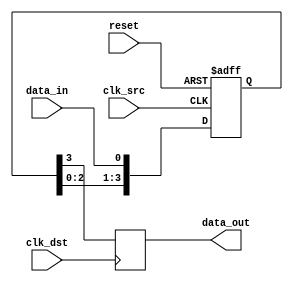
module four_flop_synchronizer(
    input wire clk_src, // Source clock
    input wire clk_dst, // Destination clock
    input wire reset,   // Asynchronous reset
    input wire data_in, // Input data signal

    output reg data_out // Output synchronized data signal
);

reg [3:0] sync_signals;

always @(posedge clk_src or posedge reset)
begin
    if (reset)
        sync_signals <= 4'b0;
    else
        sync_signals <= {sync_signals[2:0], data_in};
end

always @(posedge clk_dst)
begin
    data_out <= sync_signals[3];
end

endmodule